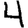
Digit: 4